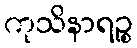
ကုသိနာရဉ္စ